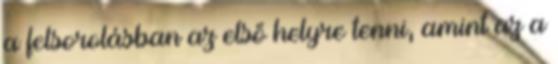
a felsorolásban az első helyre tenni, amint az a